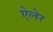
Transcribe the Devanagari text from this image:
ऐलेर